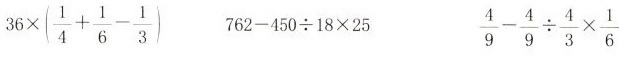
$$3 6 \times ( \frac{1}{4} + \frac{1}{6} - \frac{1}{3} )$$ $$7 6 2 - 4 5 0 {\div} 1 8 \times 2 5$$